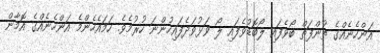
އަންހެނެއްގެ ތުންފަތް ބޯވެފައި ލޯބޮޑުވެފައި ލޯ ވަޅުވަދެފައިހުންނަ ހުރުމެވެ. ހަމައެހެންމެ އަންހެނެއްގެ އޮމާން